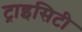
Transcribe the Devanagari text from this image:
ट्राइसिटी